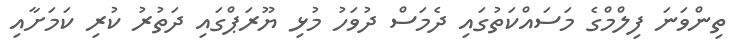
ތިންވަނަ ފިލްމްގެ މަސައްކަތުގައި ދެމަސް ދުވަހު މުޅި ޔޫރަޕްގައި ދަތުރު ކުރި ކަމަށާއި